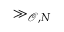
\gg _ { \mathscr { O } , N }